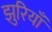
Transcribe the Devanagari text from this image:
झुरियाँ